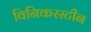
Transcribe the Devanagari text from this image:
विनिकरस्टीन